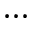
\cdots